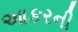
આકરની